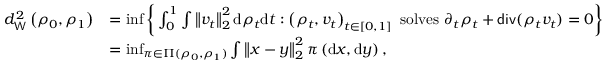
\begin{array} { r l } { d _ { \mathsf { W } } ^ { 2 } \left( \rho _ { 0 } , \rho _ { 1 } \right) } & { = \operatorname* { i n f } \bigg \{ \int _ { 0 } ^ { 1 } \int \left\Vert v _ { t } \right\Vert _ { 2 } ^ { 2 } \mathrm { d } \rho _ { t } \mathrm { d } t : \left( \rho _ { t } , v _ { t } \right) _ { t \in [ 0 , 1 ] } \mathrm { ~ s o l v e s ~ } \partial _ { t } \rho _ { t } + \mathsf { d i v } ( \rho _ { t } v _ { t } ) = 0 \bigg \} } \\ & { = \operatorname* { i n f } _ { \pi \in \Pi ( \rho _ { 0 } , \rho _ { 1 } ) } \int \left\Vert x - y \right\Vert _ { 2 } ^ { 2 } \pi \left( \mathrm { d } x , \mathrm { d } y \right) , } \end{array}